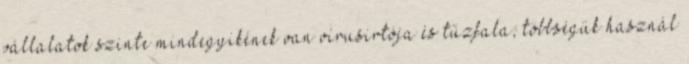
vállalatok szinte mindegyikének van vírusirtója és tűzfala, többségük használ